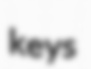
keys